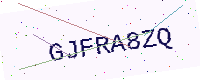
Text: GJFRA8ZQ